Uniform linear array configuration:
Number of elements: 48
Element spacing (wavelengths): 1
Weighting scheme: uniform
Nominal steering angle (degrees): -45
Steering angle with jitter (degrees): -45.8
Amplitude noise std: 0.05
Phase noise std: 0.05

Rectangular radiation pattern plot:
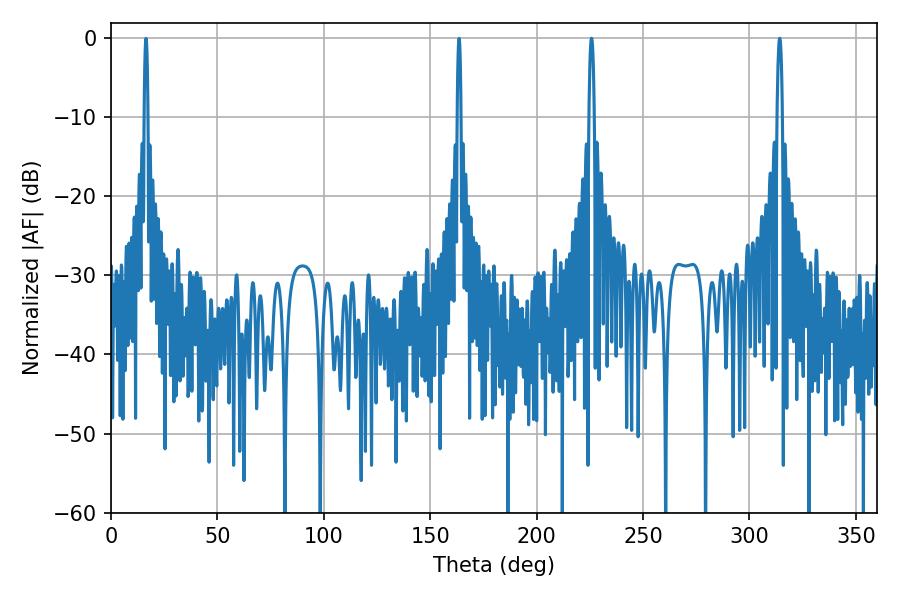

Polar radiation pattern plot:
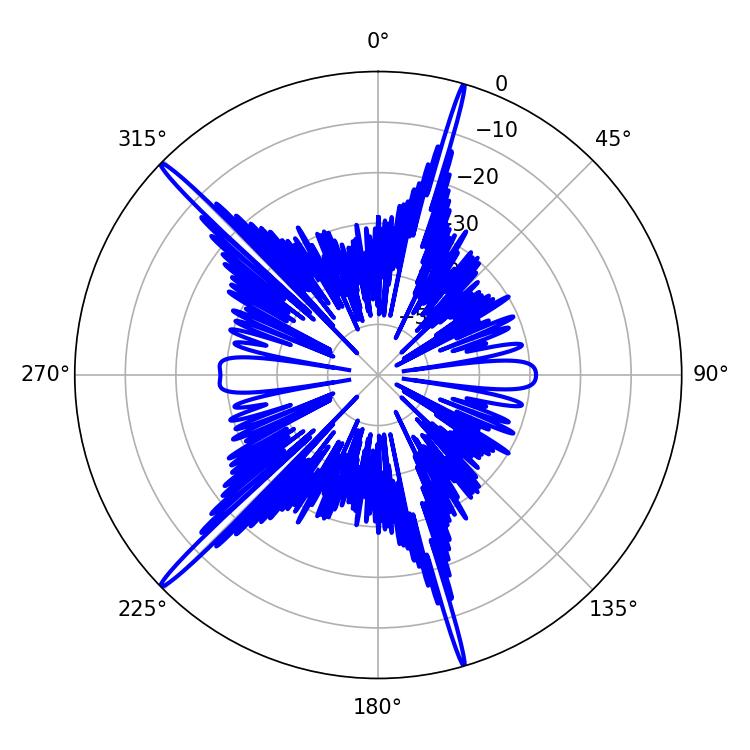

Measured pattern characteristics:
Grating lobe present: TRUE
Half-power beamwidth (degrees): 1.26
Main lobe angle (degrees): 314.28